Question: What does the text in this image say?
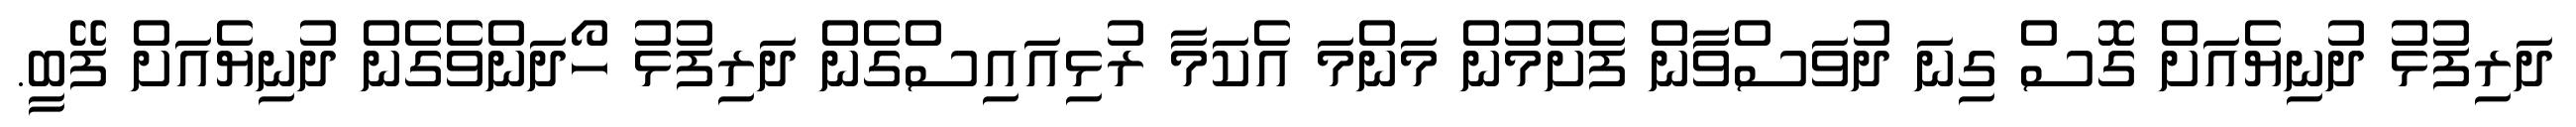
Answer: ދަރިފުޅު ދުނިޔެއަށް ގޮސް ގިނަ ދުވަސްވާން ފެށުމުން މަންމަ އެކަމާ ރުޅިއައިސްގެން ދަރިފުޅު ހޯދަންވެގެން ދުނިޔެއަށް ފޭބީ.